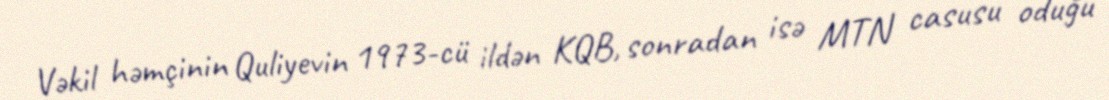
Vəkil həmçinin Quliyevin 1973-cü ildən KQB, sonradan isə MTN casusu oduğu